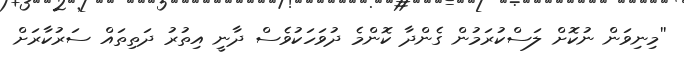
''މިނިވަން ނުކޮށް ލަސްކުރަމުން ގެންދާ ކޮންމެ ދުވަހަކުވެސް ދާނީ އިތުރު ދަތިތައް ސަރުކާރަށް